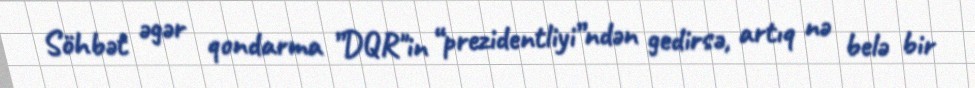
Söhbət əgər qondarma ”DQR"in “prezidentliyi”ndən gedirsə, artıq nə belə bir